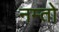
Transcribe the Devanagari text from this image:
नम्तो